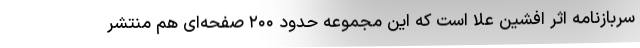
سربازنامه اثر افشین علا است که این مجموعه حدود ۲۰۰ صفحه‌ای هم منتشر